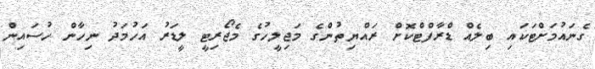
ގެނައުމަށްޓަކައި ބިލެއް ޑްރާފްޓްކޮށް ރައްޔިތުންގެ މަޖިލީހުގެ މެޖޯރިޓީ ލީޑަރު އަހުމަދު ނިހާން ހުސައިން